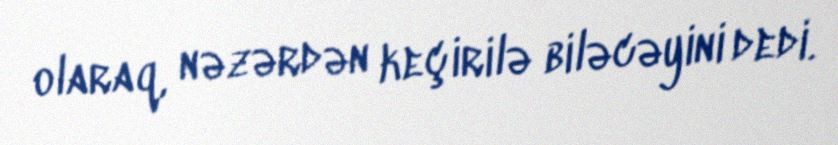
olaraq, nəzərdən keçirilə biləcəyini dedi.